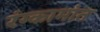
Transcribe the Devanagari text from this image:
रंग्कामांत